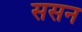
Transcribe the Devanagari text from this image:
ससन